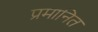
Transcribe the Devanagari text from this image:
प्रमानित